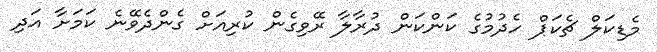
މެޑިކަލް ޗެކަޕް ހެދުމުގެ ކަންކަން ދުރާލާ ރޭވިގެން ކުރިއަށް ގެންދެވޭނެ ކަމަށާ އަދި